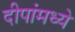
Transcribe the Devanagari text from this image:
दीपांमध्ये